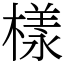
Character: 樣